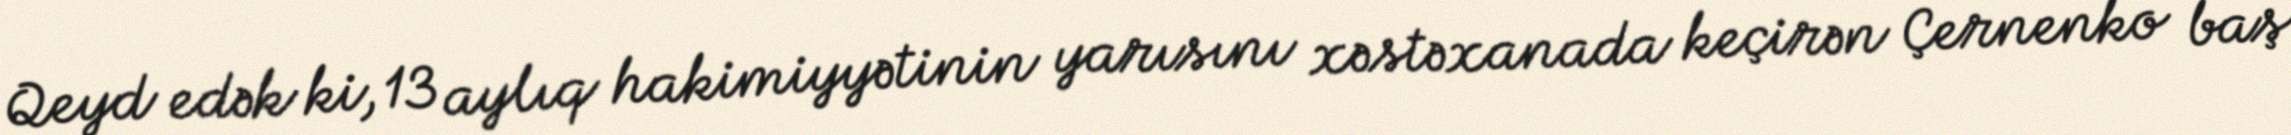
Qeyd edək ki, 13 aylıq hakimiyyətinin yarısını xəstəxanada keçirən Çernenko baş